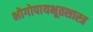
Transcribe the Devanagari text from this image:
भोगोपायभूतशास्त्र